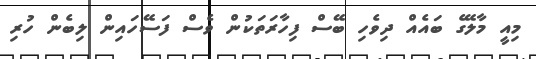
މިއީ މާލޭގެ ބައެއް ދިވެހި ބޭސް ފިހާރަތަކުން ވެސް ފަސޭހައިން ލިބެން ހުރި